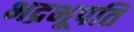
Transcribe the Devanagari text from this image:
भद्रभूपति